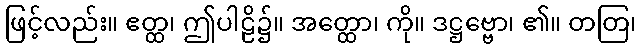
ဖြင့်လည်း။ ဧတ္ထ၊ ဤပါဠိ၌။ အတ္ထော၊ ကို။ ဒဋ္ဌဗ္ဗော၊ ၏။ တတြ၊